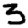
Digit: 3